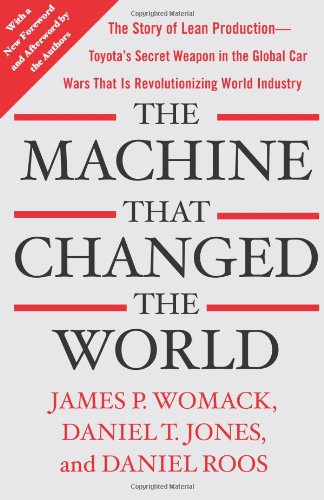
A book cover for The Machine That Changed the World: The Story of Lean Production-- Toyota's Secret Weapon in the Global Car Wars That Is Now Revolutionizing World Industry; James P. Womack; Engineering & Transportation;